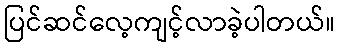
ပြင်ဆင်လေ့ကျင့်လာခဲ့ပါတယ်။